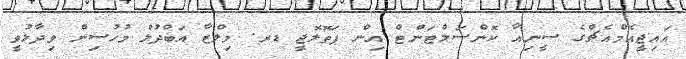
އައިޖީއެމްއެޗްގެ ސީނިއާ ކޮންސަލްޓަންޓް އިން ޕަތޮލޮޖީ ޑރ. މިލްޒާ އަބްދުލް މުހުސިން ވިދާޅުވީ